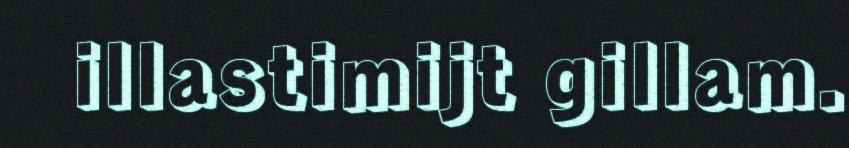
illastimijt gillam.